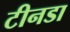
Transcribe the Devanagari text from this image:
टीनडा